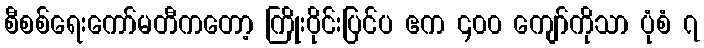
စီစစ်ရေးကော်မတီကတော့ ကြိုးဝိုင်းပြင်ပ ဧက ၄၀၀ ကျော်ကိုသာ ပုံစံ ၇